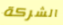
الشركة